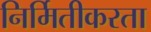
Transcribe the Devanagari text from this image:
निर्मितीकरता